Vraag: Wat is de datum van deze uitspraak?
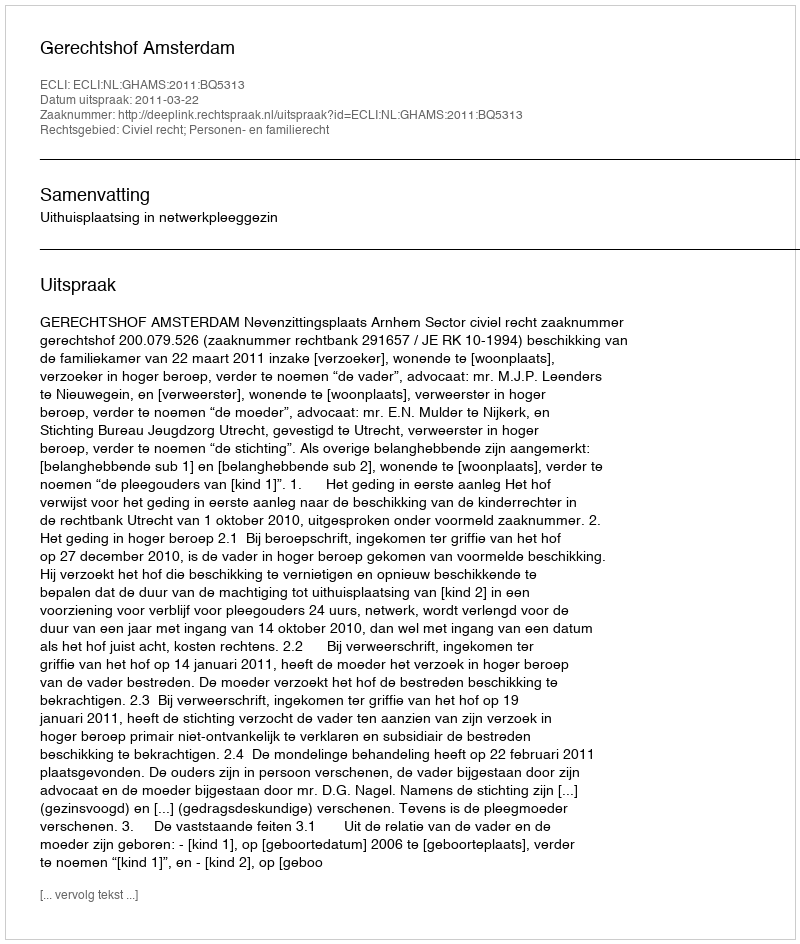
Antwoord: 2011-03-22